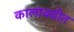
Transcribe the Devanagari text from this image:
कालावढीत